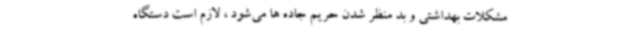
مشکلات بهداشتی و بد منظر شدن حریم جاده ها می‌شود ، لازم است دستگاه